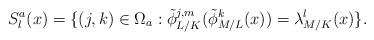
LaTeX: \begin{align*}S_l^a(x)&=\{(j,k)\in \Omega_a:\tilde{\phi}_{L/K}^{j,m}(\tilde{\phi}_{M/L}^k(x))=\lambda_{M/K}^l(x)\}.\end{align*}